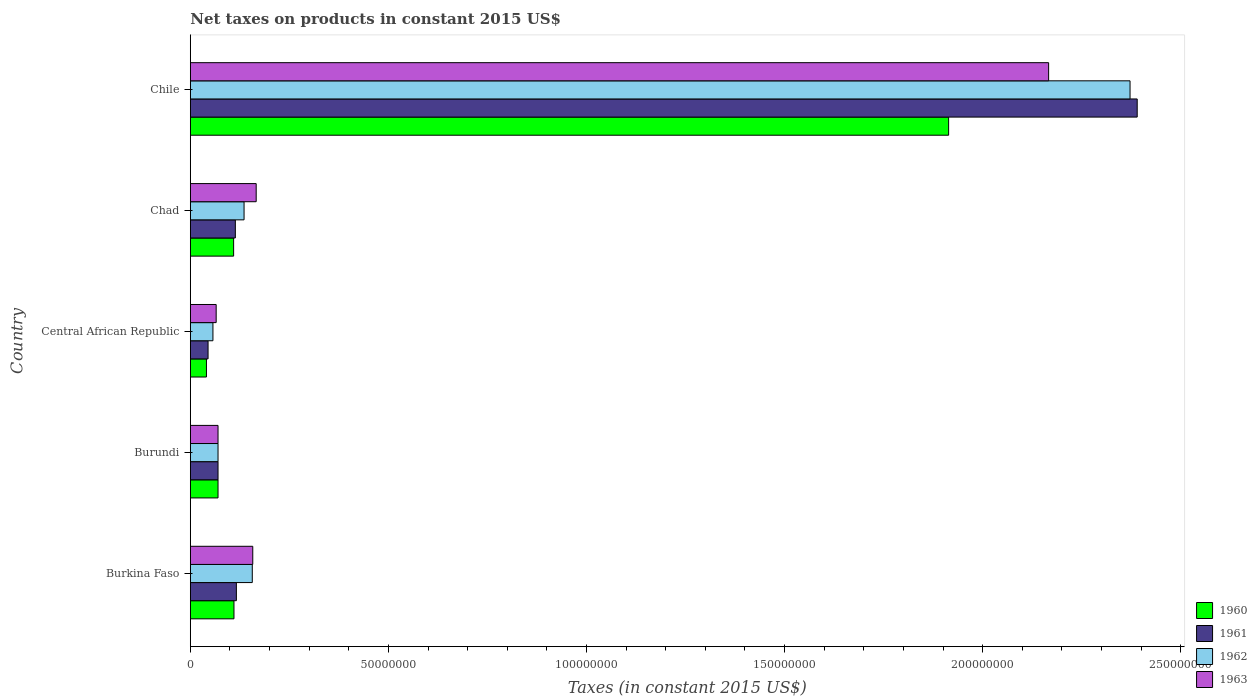
| Country | 1960 | 1961 | 1962 | 1963 |
 | --- | --- | --- | --- | --- |
 | Burkina Faso | 1.1e+07 | 1.16e+07 | 1.56e+07 | 1.58e+07 |
 | Burundi | 7e+06 | 7e+06 | 7e+06 | 7e+06 |
 | Central African Republic | 4.08e+06 | 4.49e+06 | 5.71e+06 | 6.53e+06 |
 | Chad | 1.09e+07 | 1.14e+07 | 1.36e+07 | 1.66e+07 |
 | Chile | 1.91e+08 | 2.39e+08 | 2.37e+08 | 2.17e+08 |